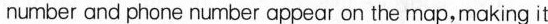
number and phone number appear on the map,making it